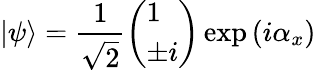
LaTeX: |\psi\rangle={\frac{1}{\sqrt{2}}}{\left(\begin{array}{l}{1}\\ {\pm i}\end{array}\right)}\exp\left(i\alpha_{x}\right)